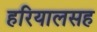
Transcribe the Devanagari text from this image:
हरियालसह